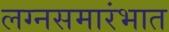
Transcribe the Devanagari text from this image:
लग्नसमारंभात